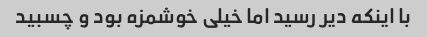
با اینکه دیر رسید اما خیلی خوشمزه بود و چسبید